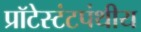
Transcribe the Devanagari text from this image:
प्रॉटेस्टंटपंथीय